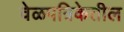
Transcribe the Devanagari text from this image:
वेळपत्रिकेतील